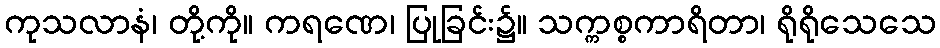
ကုသလာနံ၊ တို့ကို။ ကရဏေ၊ ပြုခြင်း၌။ သက္ကစ္စကာရိတာ၊ ရိုရိုသေသေ